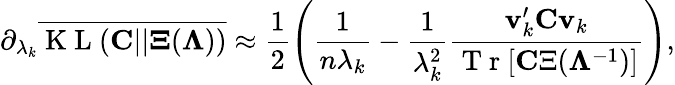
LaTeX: \partial_{\lambda_{k}}\overline{{\mathrm{~K~L~}({\mathbf C}||{\mathbf\Xi}({\mathbf\Lambda}))}}\approx\frac{1}{2}\left(\frac{1}{n\lambda_{k}}-\frac{1}{\lambda_{k}^{2}}\frac{{\mathbf v}_{k}^{\prime}{\mathbf C}{\mathbf v}_{k}}{\mathrm{~T~r~}[{\mathbf C\Xi}({\mathbf\Lambda}^{-1})]}\right),